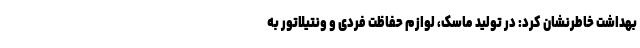
بهداشت خاطرنشان کرد: در تولید ماسک، لوازم حفاظت فردی و ونتیلاتور به